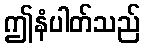
ဤနံပါတ်သည်